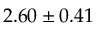
2 . 6 0 \pm 0 . 4 1